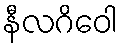
နီလဂိဝေါ